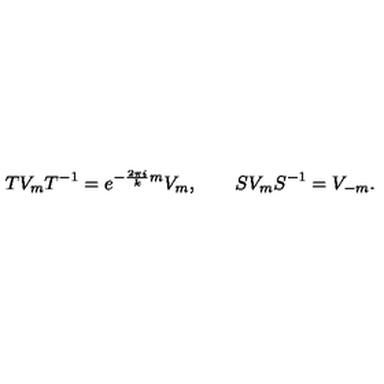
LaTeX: T V _ { m } T ^ { - 1 } = e ^ { - \frac { 2 \pi i } { k } m } V _ { m } , \qquad S V _ { m } S ^ { - 1 } = V _ { - m } .